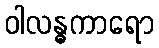
ဝါလန္ဓကာရော